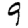
Digit: 9